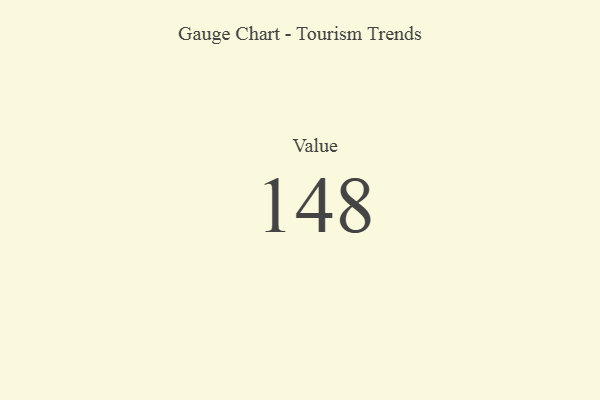
{"axis": {"x": "Metric", "y": "Value"}, "legend": [""], "data": [{"x": "Value", "y": 148, "type": ""}]}